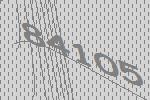
84105